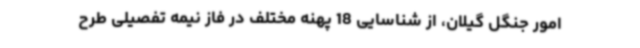
امور جنگل گیلان، از شناسایی 18 پهنه مختلف در فاز نیمه تفصیلی طرح